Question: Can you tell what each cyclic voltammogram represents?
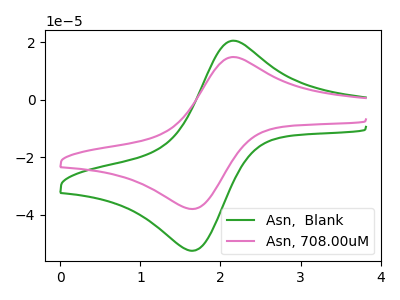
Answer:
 <answer>The green curve is labeled "Asn,  Blank". The pink curve is labeled "Asn, 708.00uM".</answer>
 <eval></eval>